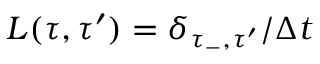
L ( \tau , \tau ^ { \prime } ) = \delta _ { \tau _ { - } , \tau ^ { \prime } } / \Delta t